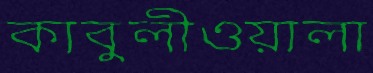
কাবুলীওয়ালা